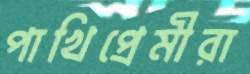
পাখিপ্রেমীরা